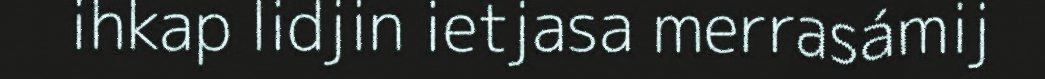
ihkap lidjin ietjasa merrasámij